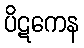
ပိဋကေန